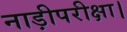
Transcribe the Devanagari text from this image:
नाड़ीपरीक्षा।